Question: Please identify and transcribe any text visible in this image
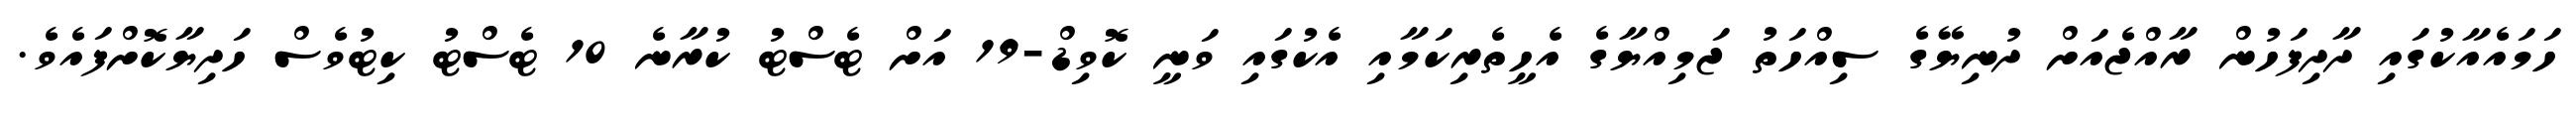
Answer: ހަމައެއާކުގައި ދާދިފަހުން ރާއްޖެއަށް ދުނިޔޭގެ ސިއްހަތު ޖަމިއްޔާގެ އެހީތެރިކަމާއި އެކުގައި ވަނީ ކޮވިޑް-19 އަށް ޓެސްޓު ކުރާނެ 10 ޓެސްޓު ކިޓުވެސް ހަދިޔާކޮށްފައެވެ.